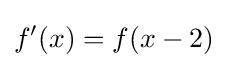
f'(x)=f(x-2)